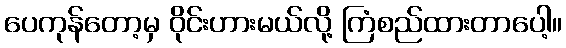
ပေကုန်တော့မှ ဝိုင်းဟားမယ်လို့ ကြံစည်ထားတာပေါ့။